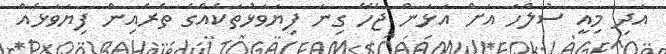
އަދި މިއީ ސުލްހަ އަށް އަޅަން ޖެހޭ ގިނަ ފިޔަވަޅުތަކެއްގެ ތެރެއިން ފިޔަަވަޅެއް